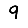
Digit: 9